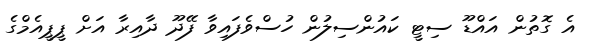
އެ ގޮތުން އައްޑޫ ސިޓީ ކައުންސިލުން ހުސްވެފައިވާ ފޭދޫ ދާއިރާ އަށް ޕީޕީއެމްގެ